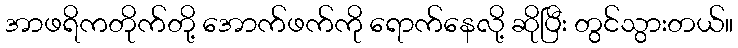
အာဖရိကတိုက်တို့ အောက်ဖက်ကို ရောက်နေလို့ ဆိုပြီး တွင်သွားတယ်။